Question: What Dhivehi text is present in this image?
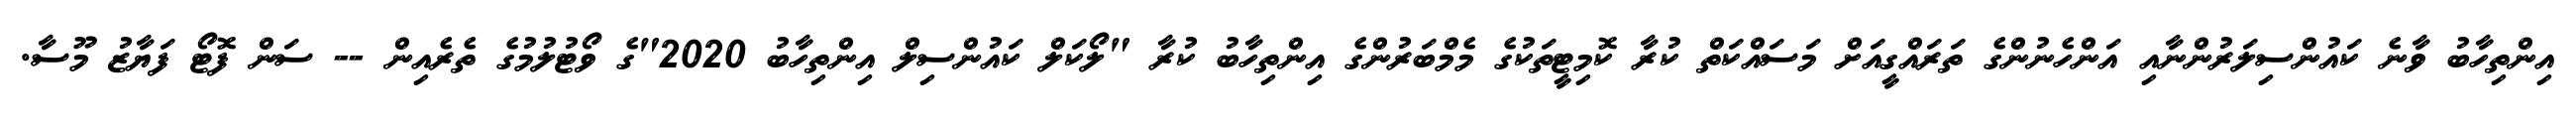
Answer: އިންތިހާބު ވާނެ ކައުންސިލަރުންނާއި އަންހެނުންގެ ތަރައްގީއަށް މަސައްކަތް ކުރާ ކޮމިޓީތަކުގެ މެމްބަރުންގެ އިންތިހާބު ކުރާ "ލޯކަލް ކައުންސިލް އިންތިހާބު 2020"ގެ ވޯޓުލުމުގެ ތެރެއިން -- ސަން ފޮޓޯ ފަޔާޒު މޫސާ.